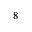
_ 8